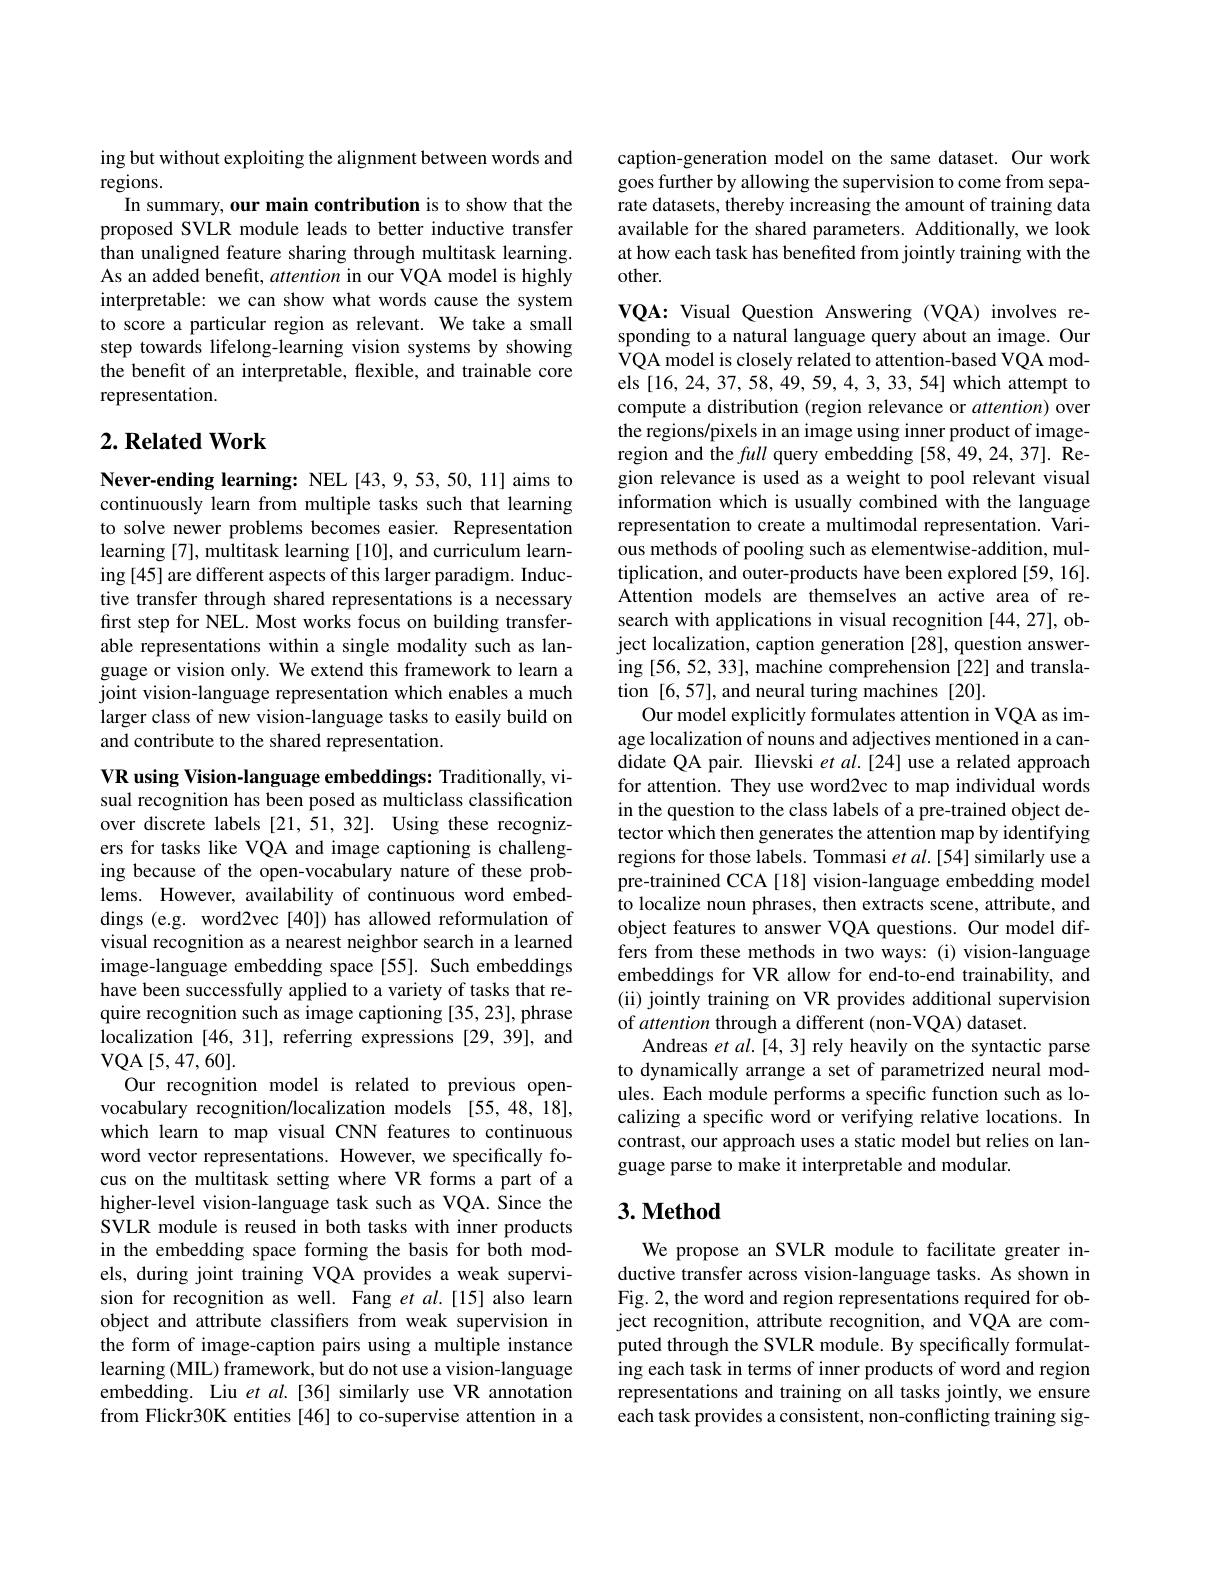
ing but without exploiting the alignment between words and
regions.
In summary, our main contribution is to show that the proposed SVLR module leads to better inductive transfer than unaligned feature sharing through multitask learning. As an added benefit, attention in our VQA model is highly interpretable: we can show what words cause the system to score a particular region as relevant. We take a small step towards lifelong-learning vision systems by showing the benefit of an interpretable, flexible, and trainable core representation.

## $2. \textbf{ Related Work}$

Never-ending learning: NEL[43,9,53,50,11] aims to continuously learn from multiple tasks such that learning to solve newer problems becomes easier. Representation learning [7], multitask learning [10], and curriculum learning [45] are different aspects of this larger paradigm. Inductive transfer through shared representations is a necessary first step for NEL. Most works focus on building transferable representations within a single modality such as language or vision only. We extend this framework to learn a joint vision-language representation which enables a much larger class of new vision-language tasks to easily build on and contribute to the shared representation.

VR using Vision-language embeddings: Traditionally, visual recognition has been posed as multiclass classification over discrete labels [21,51,32]. Using these recognizers for tasks like VQA and image captioning is challenging because of the open-vocabulary nature of these problems. However, availability of continuous word embeddings (e.g. word2vec[40]) has allowed reformulation of visual recognition as a nearest neighbor search in a learned image-language embedding space [55]. Such embeddings have been successfully applied to a variety of tasks that require recognition such as image captioning [35,23], phrase localization [46,31], referring expressions [29,39], and VQA$\left [ 5, 47, 60\right ] .$
Our recognition model is related to previous openvocabulary recognition/localization models [55,48,18], which learn to map visual CNN features to continuous word vector representations. However, we specifically focus on the multitask setting where VR forms a part of a higher-level vision-language task such as VQA. Since the SVLR module is reused in both tasks with inner products in the embedding space forming the basis for both models, during joint training VQA provides a weak supervision for recognition as well. Fang et $al.[15]$ also learn object and attribute classifiers from weak supervision in the form of image-caption pairs using a multiple instance learning (MIL) framework, but do not use a vision-language embedding. Liu et al.[36] similarly use VR annotation from Flickr30K entities [46] to co-supervise attention in a

caption-generation model on the same dataset. Our work goes further by allowing the supervision to come from separate datasets, thereby increasing the amount of training data available for the shared parameters. Additionally, we look at how each task has benefited from jointly training with the other.

VQA: Visual Question Answering (VQA) involves responding to a natural language query about an image. Our VQA model is closely related to attention-based VQA models [16,24,37,58,49,59,4,3,33,54] which attempt to compute a distribution (region relevance or attention) over the regions/pixels in an image using inner product of imageregion and the full query embedding [58,49,24,37]. Region relevance is used as a weight to pool relevant visual information which is usually combined with the language representation to create a multimodal representation. Various methods of pooling such as elementwise-addition, multiplication, and outer-products have been explored [59, 16]. Attention models are themselves an active area of research with applications in visual recognition [44,27], object localization, caption generation [28], question answering [56,52,33], machine comprehension [22] and translation [6,57],and neural turing machines [20].
Our model explicitly formulates attention in VQA as image localization of nouns and adjectives mentioned in a candidate QA pair. Ilievski et $al.[24]$ use a related approach for attention. They use word2vec to map individual words in the question to the class labels of a pre-trained object detector which then generates the attention map by identifying regions for those labels. Tommasi et al.[54] similarly use a pre-trainined CCA [18] vision-language embedding model to localize noun phrases, then extracts scene, attribute, and object features to answer VQA questions. Our model differs from these methods in two ways: (i) vision-language embeddings for VR allow for end-to-end trainability, and (ii) jointly training on VR provides additional supervision of attention through a different (non-VQA) dataset.
Andreas et al.[4,3] rely heavily on the syntactic parse to dynamically arrange a set of parametrized neural modules. Each module performs a specific function such as localizing a specific word or verifying relative locations. In contrast, our approach uses a static model but relies on language parse to make it interpretable and modular.

## $3. \textbf{Method}$

We propose an SVLR module to facilitate greater inductive transfer across vision-language tasks. As shown in Fig. 2, the word and region representations required for object recognition, attribute recognition, and VQA are computed through the SVLR module. By specifically formulating each task in terms of inner products of word and region representations and training on all tasks jointly, we ensure each task provides a consistent, non-conflicting training sig-